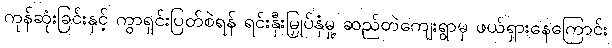
ကုန်ဆုံးခြင်းနှင့် ကွာရှင်းပြတ်စဲရန် ရင်းနှီးမြှုပ်နှံမှု့ ဆည်တဲကျေးရွာမှ ဖယ်ရှားနေကြောင်း